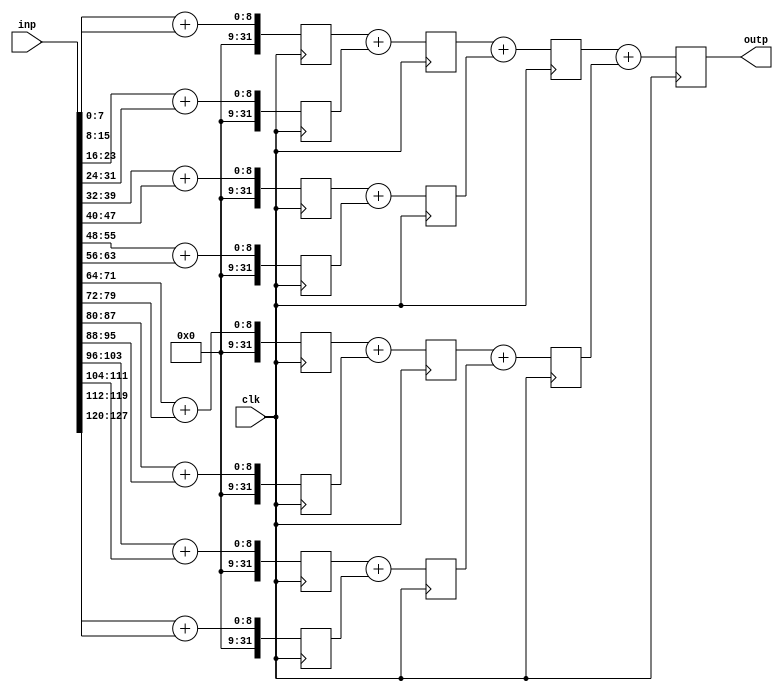
module balance_tree_adder
    #(parameter
        N = 4,
        DW = 8
    )
    (
        input wire clk,
        input wire [(2**N)*DW - 1 : 0] inp,
        output reg [N*DW - 1 : 0] outp
    );

    reg[DW*N-1:0] regs [2:2**N]; // 

	reg[N-1:0] k;
	reg[10:0] m;
   	reg[10:0] j;

	genvar i;
	wire [DW-1:0] arra [0:2**N-1];
    generate 
    for (i = 0; i <= 2**N-1; i = i + 1) begin: input_partition
        assign arra[i] = inp[i*DW+DW-1:i*DW];
    end
    endgenerate  


    always @ (posedge clk) begin

      // j=N-1


 	outp <=regs[2]+regs[3];
          for (j = 1; j <= N-2; j = j + 1) begin
          	for (k = 0; k <= 2**j-1; k = k + 1) begin
                	regs[2**j+k] <= regs[2**(j+1)+2*k]+regs[2**(j+1)+2*k+1];
       		   end           
        end 

          for (m = 0; m <= 2**(N-1)-1; m = m + 1) begin
                   regs[2**(N-1)+m] <= arra[2*m]+arra[2*m+1];

          end           
      
 
  

     
end
endmodule